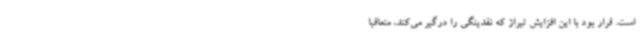
است. قرار بود با این افزایش تیراژ که نقدینگی را درگیر می‌کند، متعاقبا